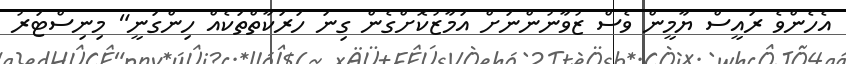
އެހެންވެ ރައީސް ޔާމީން ވެސް ޒުވާނުންނަށް އަމާޒުކޮށްގެން ގިނަ ހަރަކާތްތަކެއް ހިންގަނީ" މިނިސްޓަރު